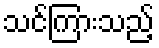
သင်ကြားသည့်